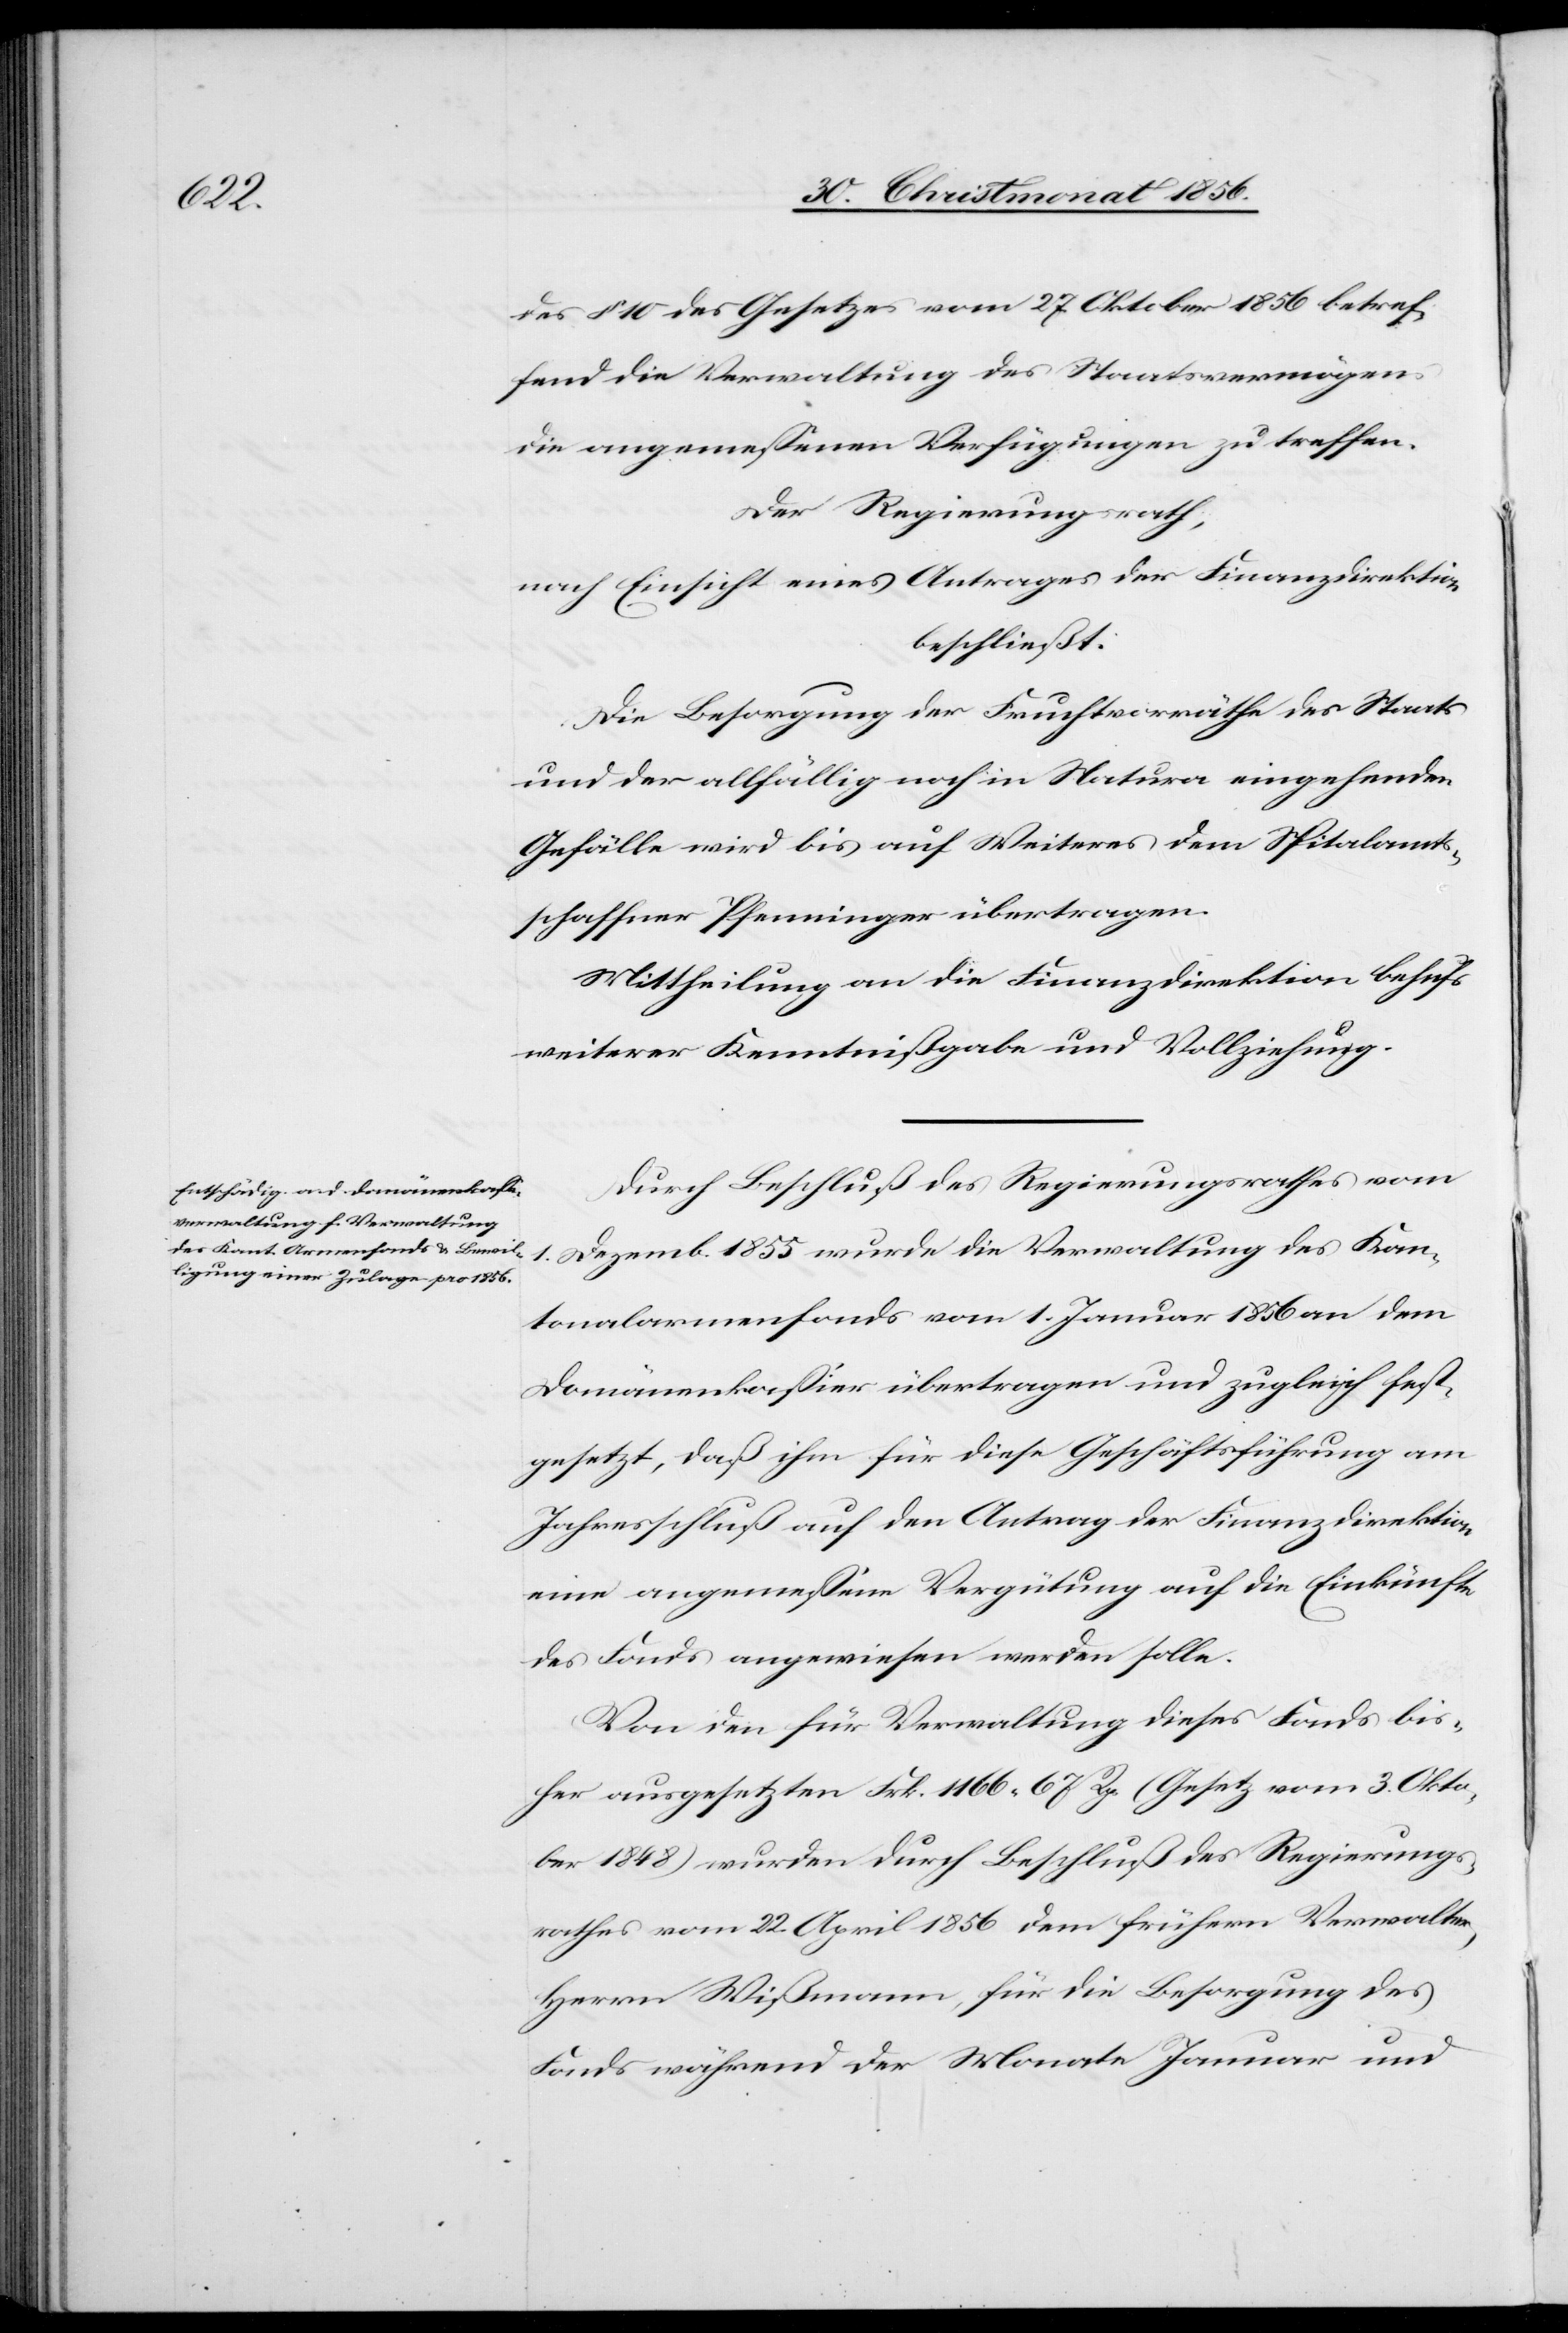
des § 10 des Gesetzes vom 27. Oktober 1856 betref¬
fend die Verwaltung des Staatsvermögens
die angemessenen Verfügungen zu treffen.
Der Regierungsrath,
nach Einsicht eines Antrages der Finanzdirektion
beschließt:
Die Besorgung der Fruchtvorräthe des Staats
und der allfällig noch in Natura eingehenden
Gefälle wird bis auf Weiteres dem Spitalamts¬
schaffner Pfenninger übertragen.
Mittheilung an die Finanzdirektion behufs
weiterer Kenntnißgabe und Vollziehung.
Durch Beschluß des Regierungsrathes vom
1. Dezemb. 1855 wurde die Verwaltung des Kan¬
tonalarmenfonds vom 1. Januar 1856 an dem
Domänenkassier übertragen und zugleich fest¬
gesetzt, daß ihm für diese Geschäftsführung am
Jahresschluß auf den Antrag der Finanzdirektion
eine angemessene Vergütung auf die Einkünfte
des Fonds angewiesen werden solle.
Von den für Verwaltung dieses Fonds bis¬
her ausgesetzten Frk. 1166. 67 Rp. (Gesetz vom 3. Okto¬
ber 1848) wurden durch Beschluß des Regierungs¬
rathes vom 22. April 1856 dem frühern Verwalter,
Herrn Wißmann, für die Besorgung des
Fonds während der Monate Januar und